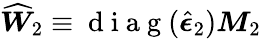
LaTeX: \widehat{\boldsymbol{W}}_{2}\equiv\mathrm{~d~i~a~g~}(\widehat{\boldsymbol{\epsilon}}_{2})\boldsymbol{M}_{2}